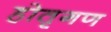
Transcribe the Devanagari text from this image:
होतृगण